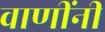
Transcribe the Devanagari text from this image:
वाणींनी